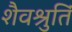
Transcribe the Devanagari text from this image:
शैवश्रुतिं